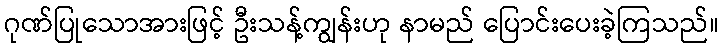
ဂုဏ်ပြုသောအားဖြင့် ဦးသန့်ကျွန်းဟု နာမည် ပြောင်းပေးခဲ့ကြသည်။